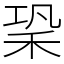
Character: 䅃